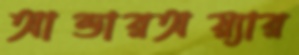
আন্ডারঅয়্যার